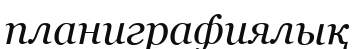
планиграфиялық